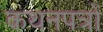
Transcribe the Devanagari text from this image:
कथनपत्रों